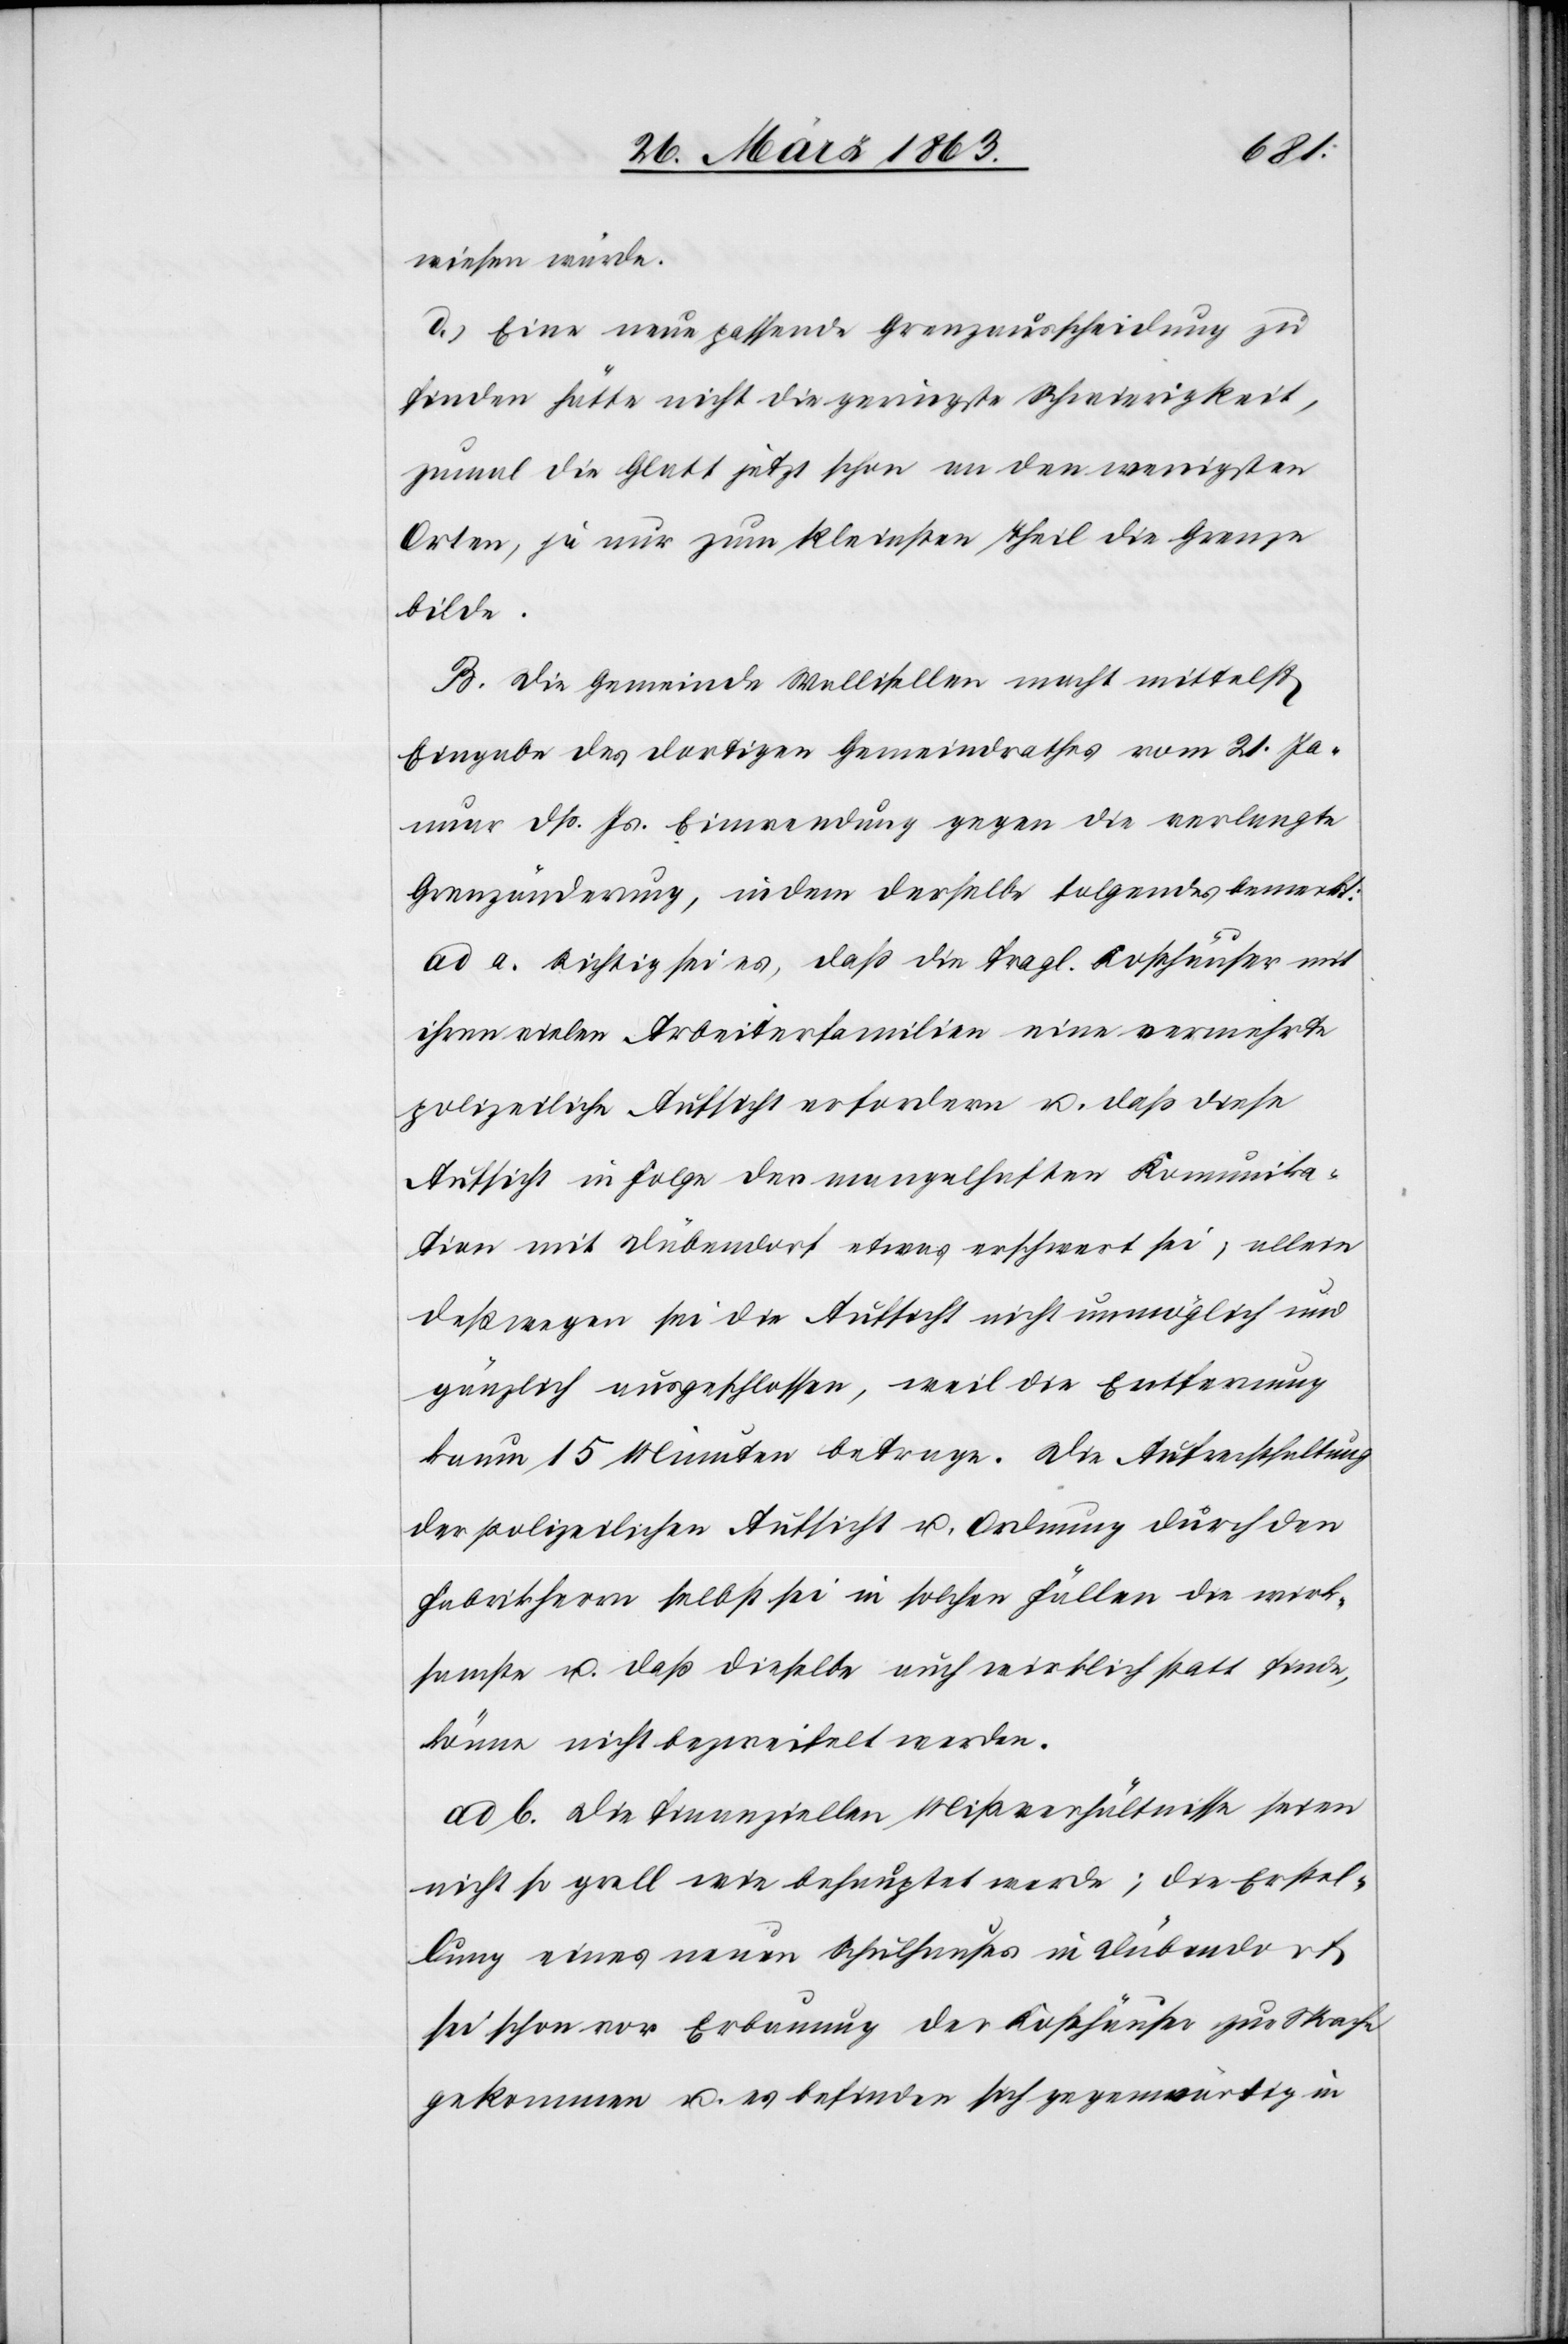
wiesen würde.
d.) Eine neue passende Grenzausscheidung zu
finden hätte nicht die geringste Schwierigkeit,
zumal die Glatt jetzt schon an den wenigsten
Orten, ja nur zum kleinsten Theil die Grenze
bilde.
B. Die Gemeinde Wallisellen macht mittelst
Eingabe des dortigen Gemeindrathes vom 21. Ja¬
nuar dß. Js. Einwendung gegen die verlangte
Grenzänderung, indem derselbe folgendes bemerkt:
ad a. Richtig sei es, daß die fragl. Kosthäuser mit
ihren vielen Arbeiterfamilien eine vermehrte
polizeiliche Aufsicht erfordern u. daß diese
Aufsicht in Folge der mangelhaften Komunika¬
tion mit Dübendorf etwas erschwert sei; allein
deßwegen sei die Aufsicht nicht unmöglich und
gänzlich ausgeschlossen, weil die Entfernung
kaum 15 Minuten betrage. Die Aufrechthaltung
der polizeilichen Aufsicht u. Ordnung durch den
Fabrikherrn selbst sei in solchen Fällen die wirk¬
samste u. daß dieselbe auch wirklich statt finde,
könne nicht bezweifelt werden.
ad b. Die finanziellen Mißverhältnisse seien
nicht so grell wie behauptet werde; die Erstel¬
lung eines neuen Schulhauses in Dübendorf
sei schon vor Erbauung der Kosthäuser zur Sprache
gekommen u. es befinden sich gegenwärtig in